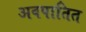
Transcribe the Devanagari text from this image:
अवपातित